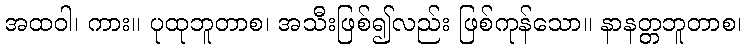
အထဝါ၊ ကား။ ပုထုဘူတာစ၊ အသီးဖြစ်၍လည်း ဖြစ်ကုန်သော။ နာနတ္တဘူတာစ၊